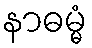
နာဓမ္မံ